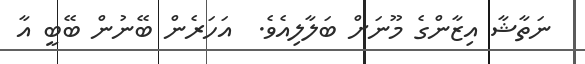
ނަތާޝާ އިޒާންގެ މޫނަށް ބަލާލިއެވެ.  އަހަރެން ބޭނުން ބޭބީ އާ